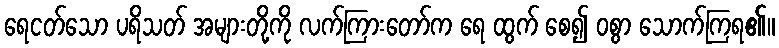
ရေငတ်သော ပရိသတ် အများတို့ကို လက်ကြားတော်က ရေ ထွက် စေ၍ ဝစွာ သောက်ကြရ၏။